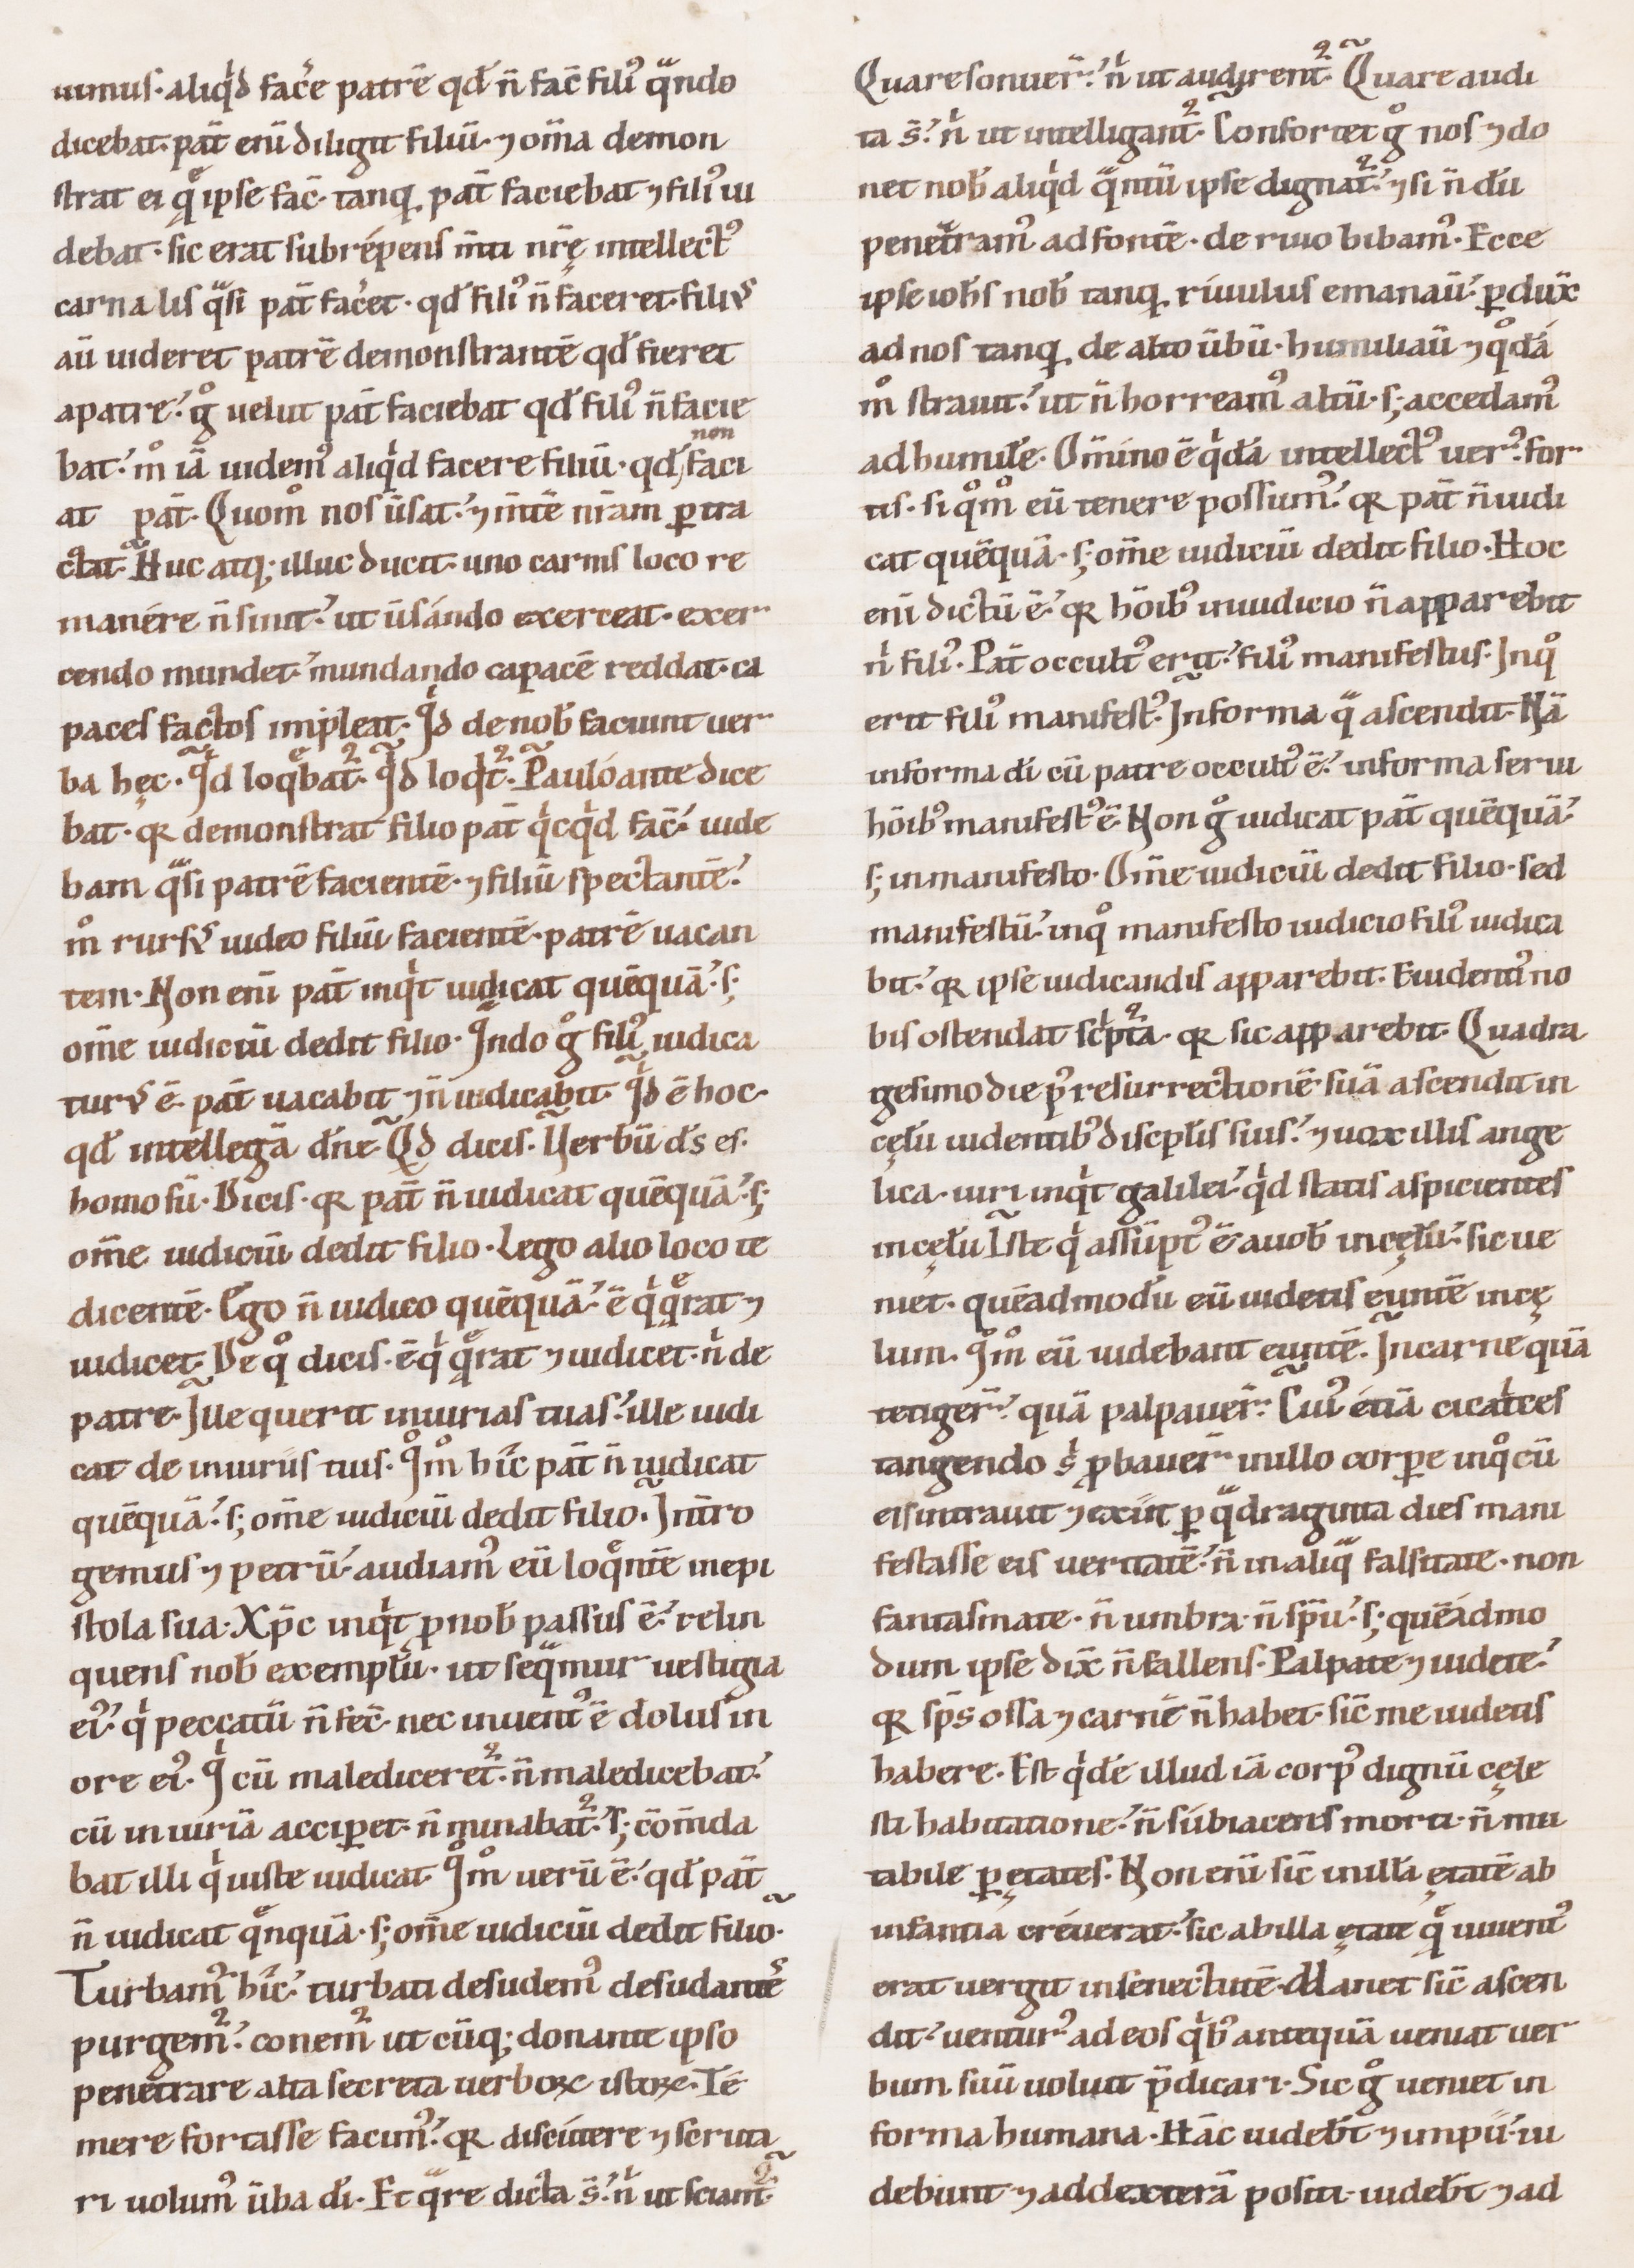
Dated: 1100–1199